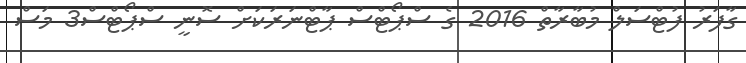
ގާފަރު ފުޓްސަލް މުބާރާތް 2016 ގެ ސްޕޯޓްސް ޕާޓްނަރަކަށް ސޮނީ ސްޕޯޓްސް3 މަސް